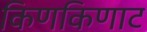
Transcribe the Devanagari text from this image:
किणकिणाट